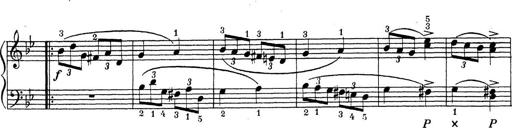
Title: ÄŒeskÃ© Sonatiny
Composer: Various